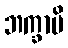
ဘက္ခာမိ